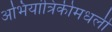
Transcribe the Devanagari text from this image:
अभियांत्रिकीमधली